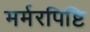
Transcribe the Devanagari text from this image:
मर्मरपिष्टि